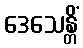
ဒေသေန္တိံ